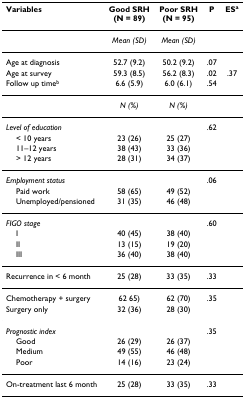
<table><thead><tr><td><b>Variables</b></td><td><b>Good SRH(N = 89)</b></td><td><b>Poor SRH(N = 95)</b></td><td><b>P</b></td><td><b>ES<sup>a</sup></b></td></tr></thead><tbody><tr><td></td><td><i>Mean (SD)</i></td><td><i>Mean (SD)</i></td><td></td><td></td></tr><tr><td>Age at diagnosis</td><td>52.7 (9.2)</td><td>50.2 (9.2)</td><td>.07</td><td></td></tr><tr><td>Age at survey</td><td>59.3 (8.5)</td><td>56.2 (8.3)</td><td>.02</td><td>.37</td></tr><tr><td>Follow up time<sup>b</sup></td><td>6.6 (5.9)</td><td>6.0 (6.1)</td><td>.54</td><td></td></tr><tr><td></td><td><i>N (%)</i></td><td><i>N (%)</i></td><td></td><td></td></tr><tr><td><i>Level of education</i></td><td></td><td></td><td>.62</td><td></td></tr><tr><td> &lt; 10 years</td><td>23 (26)</td><td>25 (27)</td><td></td><td></td></tr><tr><td> 11–12 years</td><td>38 (43)</td><td>33 (36)</td><td></td><td></td></tr><tr><td> &gt; 12 years</td><td>28 (31)</td><td>34 (37)</td><td></td><td></td></tr><tr><td><i>Employment status</i></td><td></td><td></td><td>.06</td><td></td></tr><tr><td> Paid work</td><td>58 (65)</td><td>49 (52)</td><td></td><td></td></tr><tr><td> Unemployed/pensioned</td><td>31 (35)</td><td>46 (48)</td><td></td><td></td></tr><tr><td><i>FIGO stage</i></td><td></td><td></td><td>.60</td><td></td></tr><tr><td> I</td><td>40 (45)</td><td>38 (40)</td><td></td><td></td></tr><tr><td> II</td><td>13 (15)</td><td>19 (20)</td><td></td><td></td></tr><tr><td> III</td><td>36 (40)</td><td>38 (40)</td><td></td><td></td></tr><tr><td>Recurrence in &lt; 6 month</td><td>25 (28)</td><td>33 (35)</td><td>.33</td><td></td></tr><tr><td>Chemotherapy + surgery</td><td>62 65)</td><td>62 (70)</td><td>.35</td><td></td></tr><tr><td>Surgery only</td><td>32 (36)</td><td>28 (30)</td><td></td><td></td></tr><tr><td><i>Prognostic index</i></td><td></td><td></td><td>.35</td><td></td></tr><tr><td> Good</td><td>26 (29)</td><td>26 (37)</td><td></td><td></td></tr><tr><td> Medium</td><td>49 (55)</td><td>46 (48)</td><td></td><td></td></tr><tr><td> Poor</td><td>14 (16)</td><td>23 (24)</td><td></td><td></td></tr><tr><td>On-treatment last 6 month</td><td>25 (28)</td><td>33 (35)</td><td>.33</td><td></td></tr></tbody></table>